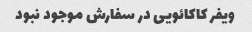
ویفر کاکائویی در سفارش موجود نبود